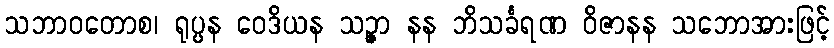
သဘာဝတောစ၊ ရုပ္ပန ဝေဒိယန သဉ္ဇာ နန ဘိသင်္ခရဏ ဝိဇာနန သဘောအားဖြင့်